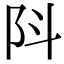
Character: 阧